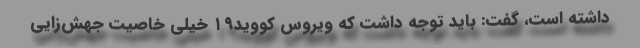
داشته است، گفت: باید توجه داشت که ویروس کووید۱۹ خیلی خاصیت جهش‌زایی